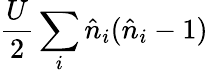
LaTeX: \frac{U}{2}\sum_{i}\hat{n}_{i}(\hat{n}_{i}-1)